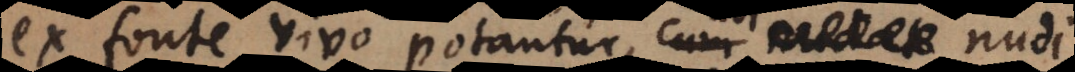
ex fonte vivo potantur, ubi nudi